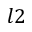
l 2